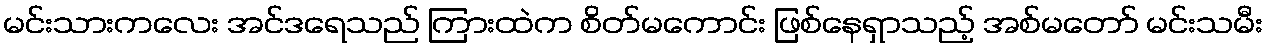
မင်းသားကလေး အင်ဒရေသည် ကြားထဲက စိတ်မကောင်း ဖြစ်နေရှာသည့် အစ်မတော် မင်းသမီး